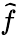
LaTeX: \widetilde{f}